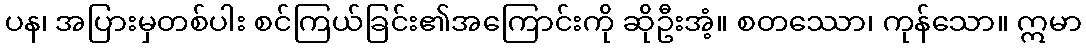
ပန၊ အပြားမှတစ်ပါး စင်ကြယ်ခြင်း၏အကြောင်းကို ဆိုဦးအံ့။ စတဿော၊ ကုန်သော။ ဣမာ